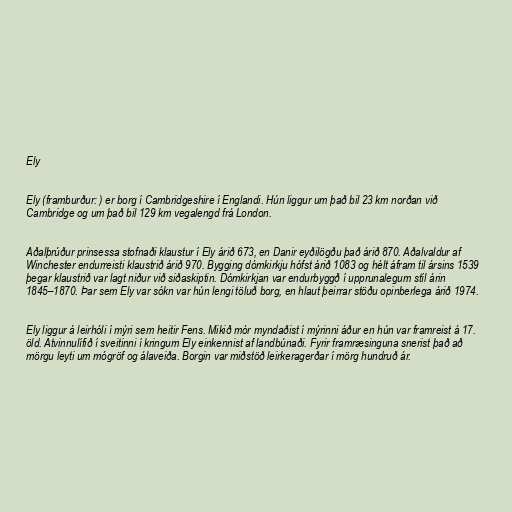
Ely

Ely (framburður: ) er borg í Cambridgeshire í Englandi. Hún liggur um það bil 23 km norðan við
Cambridge og um það bil 129 km vegalengd frá London.

Aðalþrúður prinsessa stofnaði klaustur í Ely árið 673, en Danir eyðilögðu það árið 870. Aðalvaldur af
Winchester endurreisti klaustrið árið 970. Bygging dómkirkju hófst árið 1083 og hélt áfram til ársins 1539
þegar klaustrið var lagt niður við siðaskiptin. Dómkirkjan var endurbyggð í upprunalegum stíl árin
1845–1870. Þar sem Ely var sókn var hún lengi töluð borg, en hlaut þeirrar stöðu opinberlega árið 1974.

Ely liggur á leirhóli í mýri sem heitir Fens. Mikið mór myndaðist í mýrinni áður en hún var framreist á 17.
öld. Atvinnulífið í sveitinni í kringum Ely einkennist af landbúnaði. Fyrir framræsinguna snerist það að
mörgu leyti um mógröf og álaveiða. Borgin var miðstöð leirkeragerðar í mörg hundruð ár.